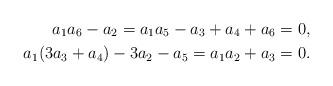
LaTeX: \begin{align*}a_1a_6-a_2=a_1a_5-a_3+a_4+a_6 = 0, \\a_1(3 a_3+ a_4)-3a_2-a_5=a_1a_2+a_3 = 0.\end{align*}